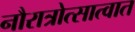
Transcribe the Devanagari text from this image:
नौरात्रोत्सात्वात